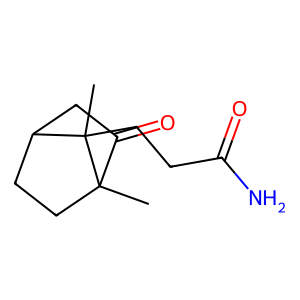
SMILES: CC12CCC(CC1=O)C2(C)CCC(N)=O
Inhibits HIV replication: No